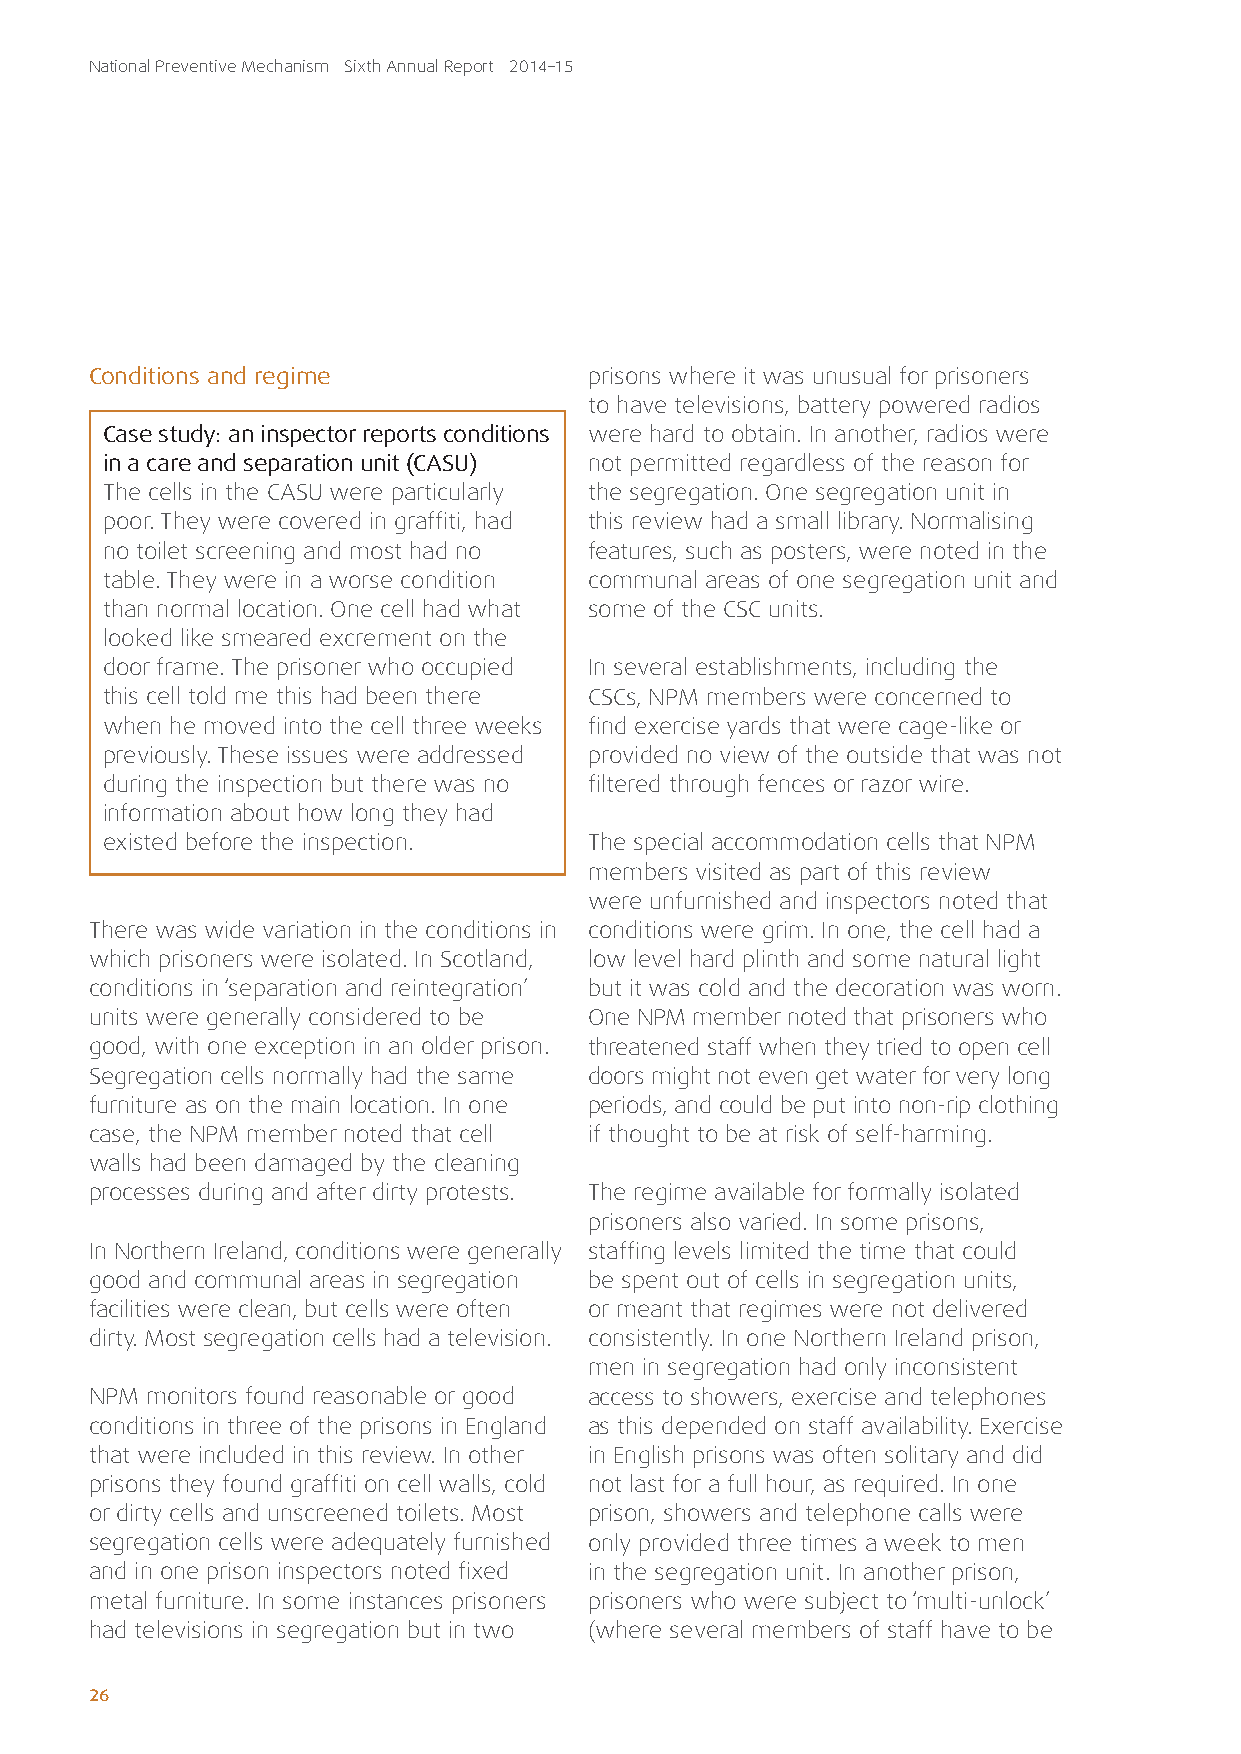
National Preventive Mechanism Sixth Annual Report 2014–15
 Conditions and regime            prisons where it was unusual for prisoners
 to have televisions, battery powered radios
 Case study: an inspector reports conditions were hard to obtain. In another, radios were
 in a care and separation unit (CASU) not permitted regardless of the reason for
 The cells in the CASU were particularly the segregation. One segregation unit in
 poor. They were covered in graffiti, had this review had a small library. Normalising
 no toilet screening and most had no features, such as posters, were noted in the
 table. They were in a worse condition communal areas of one segregation unit and
 than normal location. One cell had what some of the CSC units.
 looked like smeared excrement on the
 door frame. The prisoner who occupied In several establishments, including the
 this cell told me this had been there CSCs, NPM members were concerned to
 when he moved into the cell three weeks find exercise yards that were cage-like or
 previously. These issues were addressed provided no view of the outside that was not
 during the inspection but there was no filtered through fences or razor wire.
 information about how long they had
 existed before the inspection.  The special accommodation cells that NPM
 members visited as part of this review
 were unfurnished and inspectors noted that
 There was wide variation in the conditions in conditions were grim. In one, the cell had a
 which prisoners were isolated. In Scotland, low level hard plinth and some natural light
 conditions in ‘separation and reintegration’ but it was cold and the decoration was worn.
 units were generally considered to be One NPM member noted that prisoners who
 good, with one exception in an older prison. threatened staff when they tried to open cell
 Segregation cells normally had the same doors might not even get water for very long
 furniture as on the main location. In one periods, and could be put into non-rip clothing
 case, the NPM member noted that cell if thought to be at risk of self-harming.
 walls had been damaged by the cleaning
 processes during and after dirty protests. The regime available for formally isolated
 prisoners also varied. In some prisons,
 In Northern Ireland, conditions were generally staffing levels limited the time that could
 good and communal areas in segregation be spent out of cells in segregation units,
 facilities were clean, but cells were often or meant that regimes were not delivered
 dirty. Most segregation cells had a television. consistently. In one Northern Ireland prison,
 men in segregation had only inconsistent
 NPM monitors found reasonable or good access to showers, exercise and telephones
 conditions in three of the prisons in England as this depended on staff availability. Exercise
 that were included in this review. In other in English prisons was often solitary and did
 prisons they found graffiti on cell walls, cold not last for a full hour, as required. In one
 or dirty cells and unscreened toilets. Most prison, showers and telephone calls were
 segregation cells were adequately furnished only provided three times a week to men
 and in one prison inspectors noted fixed in the segregation unit. In another prison,
 metal furniture. In some instances prisoners prisoners who were subject to ‘multi-unlock’
 had televisions in segregation but in two (where several members of staff have to be
 26